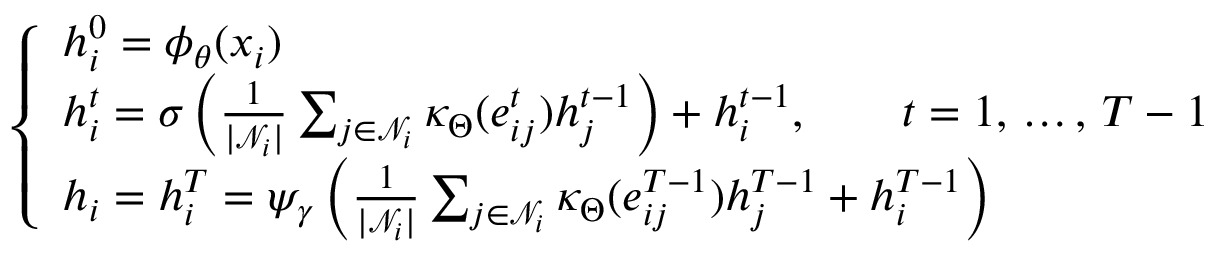
\begin{array} { r } { \left\{ \begin{array} { l l } { h _ { i } ^ { 0 } = \phi _ { \theta } ( x _ { i } ) } \\ { h _ { i } ^ { t } = \sigma \left( \frac { 1 } { | \mathcal { N } _ { i } | } \sum _ { j \in \mathcal { N } _ { i } } \kappa _ { \Theta } ( e _ { i j } ^ { t } ) h _ { j } ^ { t - 1 } \right) + h _ { i } ^ { t - 1 } , \qquad t = 1 , \, \dots , \, T - 1 } \\ { h _ { i } = h _ { i } ^ { T } = \psi _ { \gamma } \left( \frac { 1 } { | \mathcal { N } _ { i } | } \sum _ { j \in \mathcal { N } _ { i } } \kappa _ { \Theta } ( e _ { i j } ^ { T - 1 } ) h _ { j } ^ { T - 1 } + h _ { i } ^ { T - 1 } \right) } \end{array} \right. } \end{array}